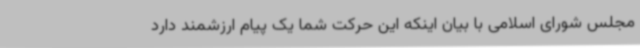
مجلس شورای اسلامی با بیان اینکه این حرکت شما یک پیام ارزشمند دارد